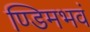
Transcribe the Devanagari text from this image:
ण्डिमभवं